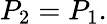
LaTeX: P_{2}=P_{1}.